Civil Veterinary Dept. Bombay admin report 1907-1913 - 1907-1913
Year: 1907
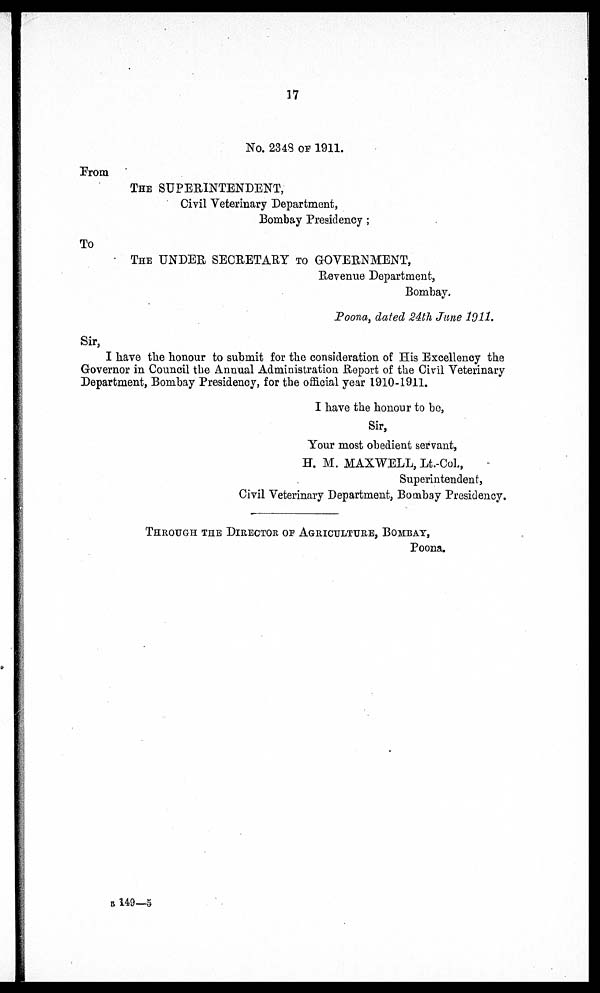
17
No. 234S OF 1911.
Prom
THE SUPERINTENDENT,
Civil Veterinary Department,
Bombay Presidency ;
To
THE UNDER SECRETARY TO GOVERNMENT,
Revenue Department,
Bombay.
Poona, dated 24th June 1911.
Sir,
I have the honour to submit for the consideration of His Excellency the
Governor in Council the Annual Administration Report of the Civil Veterinary
Department, Bombay Presidency, for the official year 1910-1911.
I have the honour to be,
Sir,
Your most obedient servant,
H. M. MAXWELL, Lt.-Col.,
Superintendent,
Civil Veterinary Department, Bombay Presidency.
THROUGH THE DIRECTOR OF AGRICULTURE, BOMBAY,
Poona.
B 149—5